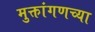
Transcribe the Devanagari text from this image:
मुक्तांगणच्या